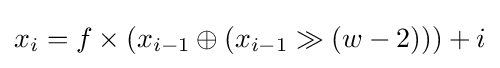
x_{i}=f\times (x_{i-1}\oplus (x_{i-1}\gg (w-2)))+i